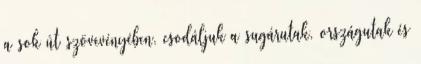
a sok út szövevényében, csodáljuk a sugárutak, országutak és